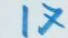
17